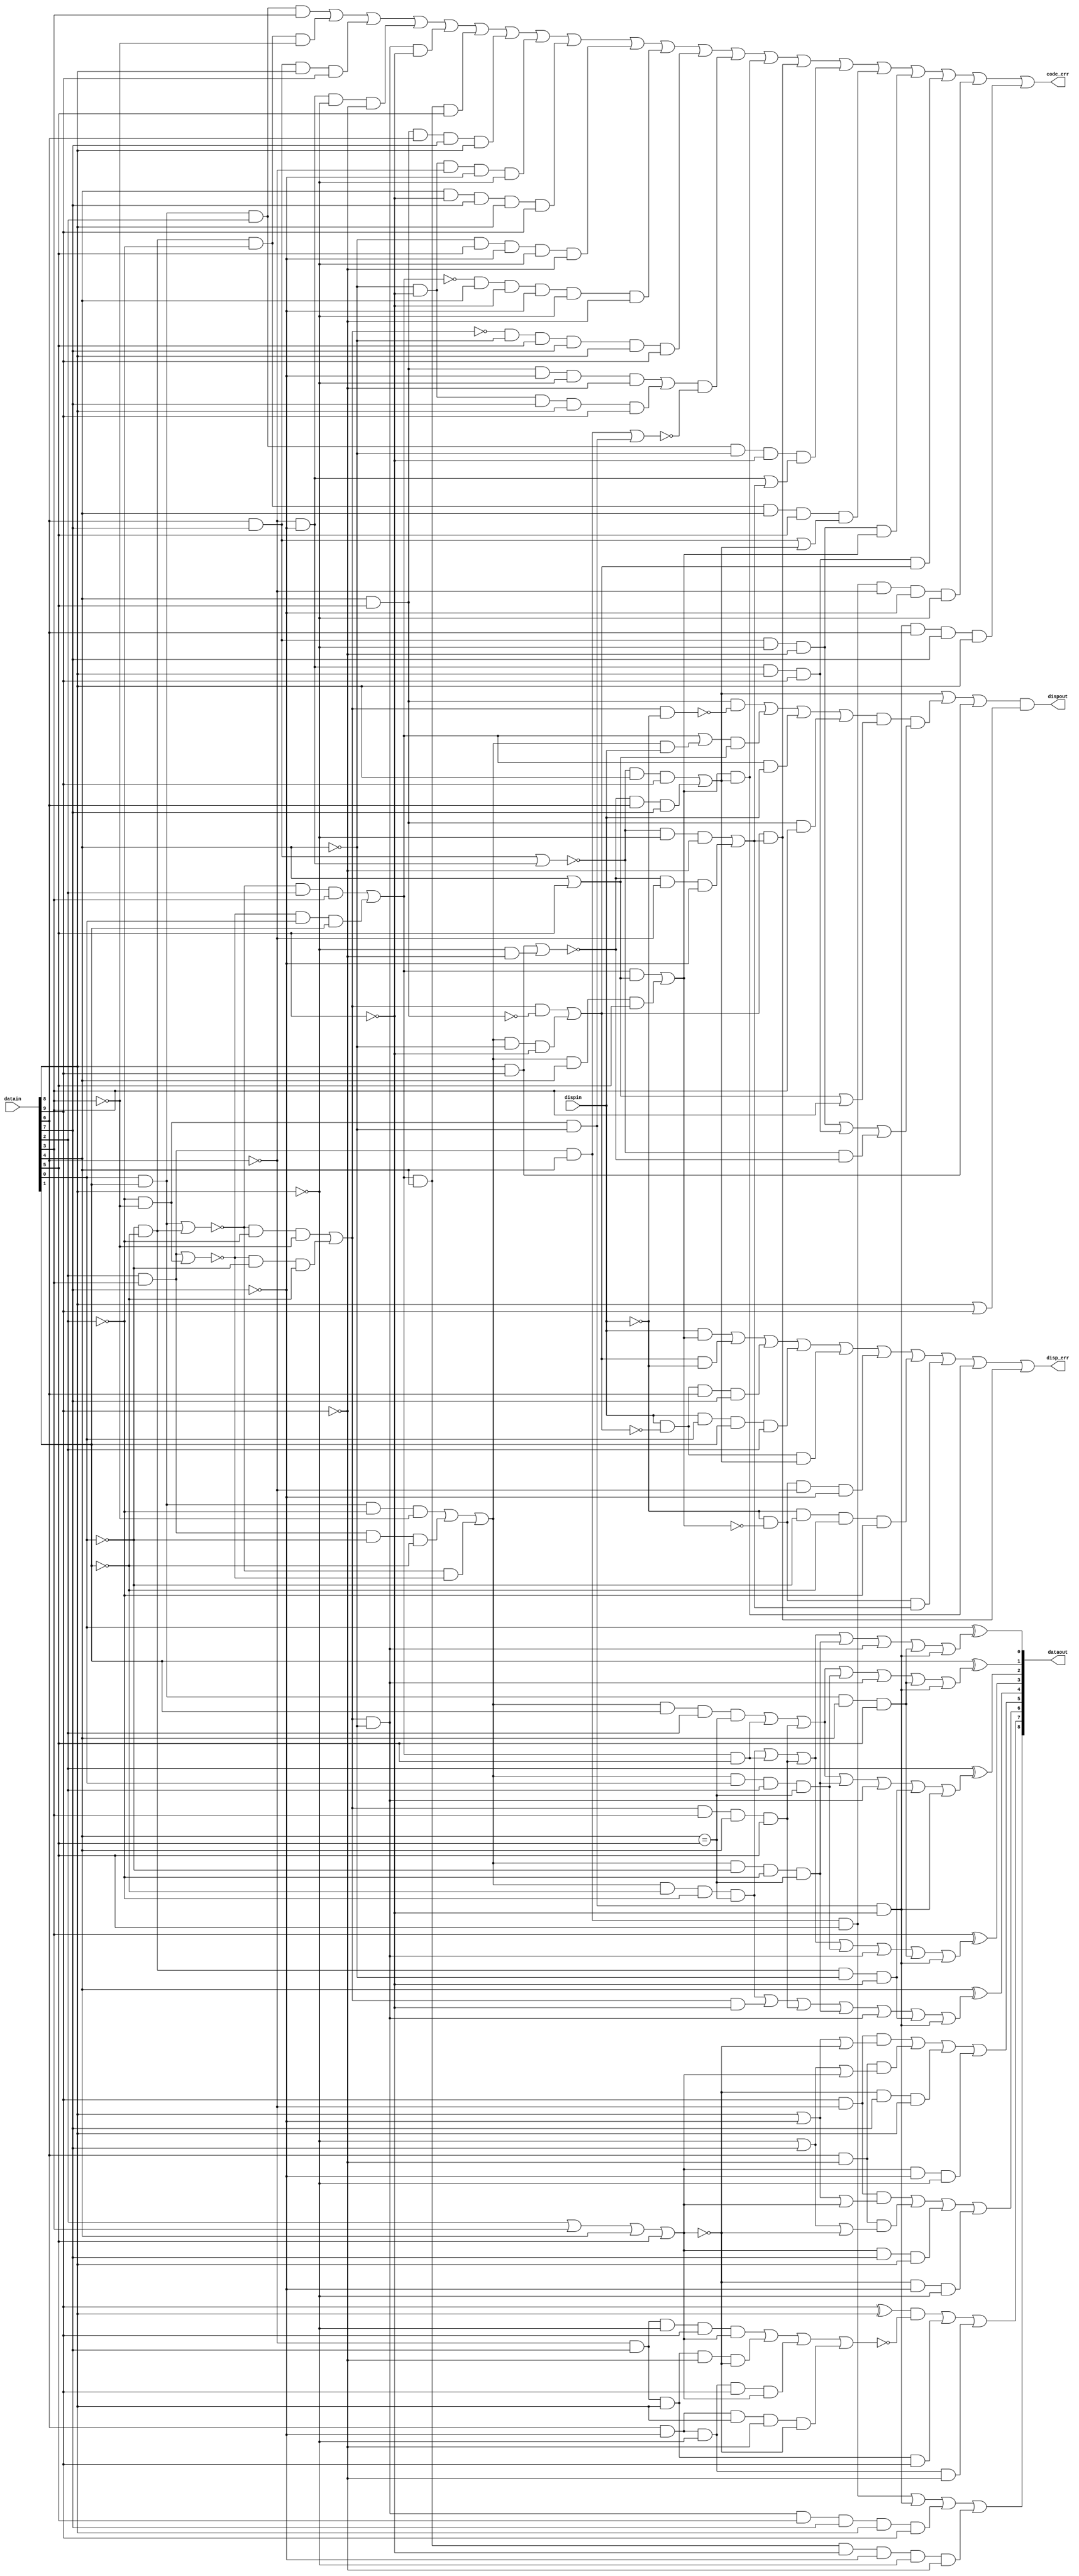
// Chuck Benz, Hollis, NH   Copyright (c)2002
//
// The information and description contained herein is the
// property of Chuck Benz.
//
// Permission is granted for any reuse of this information
// and description as long as this copyright notice is
// preserved.  Modifications may be made as long as this
// notice is preserved.

// per Widmer and Franaszek

module decode_8b10b (datain, dispin, dataout, dispout, code_err, disp_err) ;
  input [9:0]   datain ;
  input		dispin ;
  output [8:0]	dataout ;
  output	dispout ;
  output	code_err ;
  output	disp_err ;

  wire ai = datain[0] ;
  wire bi = datain[1] ;
  wire ci = datain[2] ;
  wire di = datain[3] ;
  wire ei = datain[4] ;
  wire ii = datain[5] ;
  wire fi = datain[6] ;
  wire gi = datain[7] ;
  wire hi = datain[8] ;
  wire ji = datain[9] ;

  wire aeqb = (ai & bi) | (!ai & !bi) ;
  wire ceqd = (ci & di) | (!ci & !di) ;
  wire p22 = (ai & bi & !ci & !di) |
	     (ci & di & !ai & !bi) |
	     ( !aeqb & !ceqd) ;
  wire p13 = ( !aeqb & !ci & !di) |
	     ( !ceqd & !ai & !bi) ;
  wire p31 = ( !aeqb & ci & di) |
	     ( !ceqd & ai & bi) ;

  wire p40 = ai & bi & ci & di ;
  wire p04 = !ai & !bi & !ci & !di ;

  wire disp6a = p31 | (p22 & dispin) ; // pos disp if p22 and was pos, or p31.
   wire disp6a2 = p31 & dispin ;  // disp is ++ after 4 bits
   wire disp6a0 = p13 & ! dispin ; // -- disp after 4 bits
    
  wire disp6b = (((ei & ii & ! disp6a0) | (disp6a & (ei | ii)) | disp6a2 |
		  (ei & ii & di)) & (ei | ii | di)) ;

  // The 5B/6B decoding special cases where ABCDE != abcde

  wire p22bceeqi = p22 & bi & ci & (ei == ii) ;
  wire p22bncneeqi = p22 & !bi & !ci & (ei == ii) ;
  wire p13in = p13 & !ii ;
  wire p31i = p31 & ii ;
  wire p13dei = p13 & di & ei & ii ;
  wire p22aceeqi = p22 & ai & ci & (ei == ii) ;
  wire p22ancneeqi = p22 & !ai & !ci & (ei == ii) ;
  wire p13en = p13 & !ei ;
  wire anbnenin = !ai & !bi & !ei & !ii ;
  wire abei = ai & bi & ei & ii ;
  wire cdei = ci & di & ei & ii ;
  wire cndnenin = !ci & !di & !ei & !ii ;

  // non-zero disparity cases:
  wire p22enin = p22 & !ei & !ii ;
  wire p22ei = p22 & ei & ii ;
  //wire p13in = p12 & !ii ;
  //wire p31i = p31 & ii ;
  wire p31dnenin = p31 & !di & !ei & !ii ;
  //wire p13dei = p13 & di & ei & ii ;
  wire p31e = p31 & ei ;

  wire compa = p22bncneeqi | p31i | p13dei | p22ancneeqi | 
		p13en | abei | cndnenin ;
  wire compb = p22bceeqi | p31i | p13dei | p22aceeqi | 
		p13en | abei | cndnenin ;
  wire compc = p22bceeqi | p31i | p13dei | p22ancneeqi | 
		p13en | anbnenin | cndnenin ;
  wire compd = p22bncneeqi | p31i | p13dei | p22aceeqi |
		p13en | abei | cndnenin ;
  wire compe = p22bncneeqi | p13in | p13dei | p22ancneeqi | 
		p13en | anbnenin | cndnenin ;

  wire ao = ai ^ compa ;
  wire bo = bi ^ compb ;
  wire co = ci ^ compc ;
  wire do = di ^ compd ;
  wire eo = ei ^ compe ;

  wire feqg = (fi & gi) | (!fi & !gi) ;
  wire heqj = (hi & ji) | (!hi & !ji) ;
  wire fghj22 = (fi & gi & !hi & !ji) |
		(!fi & !gi & hi & ji) |
		( !feqg & !heqj) ;
  wire fghjp13 = ( !feqg & !hi & !ji) |
		 ( !heqj & !fi & !gi) ;
  wire fghjp31 = ( (!feqg) & hi & ji) |
		 ( !heqj & fi & gi) ;

  wire dispout = (fghjp31 | (disp6b & fghj22) | (hi & ji)) & (hi | ji) ;

  wire ko = ( (ci & di & ei & ii) | ( !ci & !di & !ei & !ii) |
		(p13 & !ei & ii & gi & hi & ji) |
		(p31 & ei & !ii & !gi & !hi & !ji)) ;

  wire alt7 =   (fi & !gi & !hi & // 1000 cases, where disp6b is 1
		 ((dispin & ci & di & !ei & !ii) | ko |
		  (dispin & !ci & di & !ei & !ii))) |
		(!fi & gi & hi & // 0111 cases, where disp6b is 0
		 (( !dispin & !ci & !di & ei & ii) | ko |
		  ( !dispin & ci & !di & ei & ii))) ;

  wire k28 = (ci & di & ei & ii) | ! (ci | di | ei | ii) ;
  // k28 with positive disp into fghi - .1, .2, .5, and .6 special cases
  wire k28p = ! (ci | di | ei | ii) ;
  wire fo = (ji & !fi & (hi | !gi | k28p)) |
	    (fi & !ji & (!hi | gi | !k28p)) |
	    (k28p & gi & hi) |
	    (!k28p & !gi & !hi) ;
  wire go = (ji & !fi & (hi | !gi | !k28p)) |
	    (fi & !ji & (!hi | gi |k28p)) |
	    (!k28p & gi & hi) |
	    (k28p & !gi & !hi) ;
  wire ho = ((ji ^ hi) & ! ((!fi & gi & !hi & ji & !k28p) | (!fi & gi & hi & !ji & k28p) | 
			    (fi & !gi & !hi & ji & !k28p) | (fi & !gi & hi & !ji & k28p))) |
	    (!fi & gi & hi & ji) | (fi & !gi & !hi & !ji) ;

  wire disp6p = (p31 & (ei | ii)) | (p22 & ei & ii) ;
  wire disp6n = (p13 & ! (ei & ii)) | (p22 & !ei & !ii) ;
  wire disp4p = fghjp31 ;
  wire disp4n = fghjp13 ;

  assign code_err = p40 | p04 | (fi & gi & hi & ji) | (!fi & !gi & !hi & !ji) |
		    (p13 & !ei & !ii) | (p31 & ei & ii) | 
		    (ei & ii & fi & gi & hi) | (!ei & !ii & !fi & !gi & !hi) | 
		    (ei & !ii & gi & hi & ji) | (!ei & ii & !gi & !hi & !ji) |
		    (!p31 & ei & !ii & !gi & !hi & !ji) |
		    (!p13 & !ei & ii & gi & hi & ji) |
		    (((ei & ii & !gi & !hi & !ji) | 
		      (!ei & !ii & gi & hi & ji)) &
		     ! ((ci & di & ei) | (!ci & !di & !ei))) |
		    (disp6p & disp4p) | (disp6n & disp4n) |
		    (ai & bi & ci & !ei & !ii & ((!fi & !gi) | fghjp13)) |
		    (!ai & !bi & !ci & ei & ii & ((fi & gi) | fghjp31)) |
		    (fi & gi & !hi & !ji & disp6p) |
		    (!fi & !gi & hi & ji & disp6n) |
		    (ci & di & ei & ii & !fi & !gi & !hi) |
		    (!ci & !di & !ei & !ii & fi & gi & hi) ;

  assign dataout = {ko, ho, go, fo, eo, do, co, bo, ao} ;

  // my disp err fires for any legal codes that violate disparity, may fire for illegal codes
   assign disp_err = ((dispin & disp6p) | (disp6n & !dispin) |
		      (dispin & !disp6n & fi & gi) |
		      (dispin & ai & bi & ci) |
		      (dispin & !disp6n & disp4p) |
		      (!dispin & !disp6p & !fi & !gi) |
		      (!dispin & !ai & !bi & !ci) |
		      (!dispin & !disp6p & disp4n) |
		      (disp6p & disp4p) | (disp6n & disp4n)) ;

endmodule